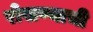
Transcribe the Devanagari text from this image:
रोखण्याची